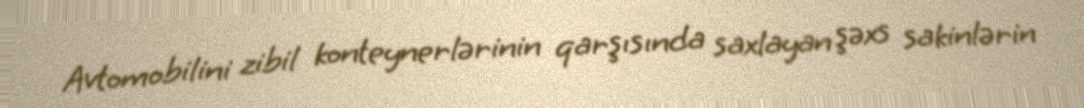
Avtomobilini zibil konteynerlərinin qarşısında saxlayan şəxs sakinlərin